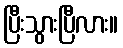
ပြီးသွားပြီလား။